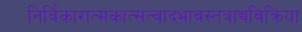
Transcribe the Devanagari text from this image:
निर्विकारात्मकात्सत्वादभावस्तत्राद्यविक्रिया